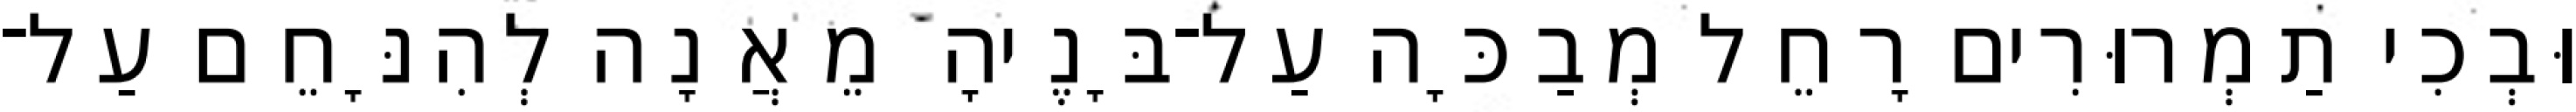
וּבְכִי תַמְרוּרִים רָחֵל מְבַכָּה עַל־בָּנֶיהָ מֵאֲנָה לְהִנָּחֵם עַל־